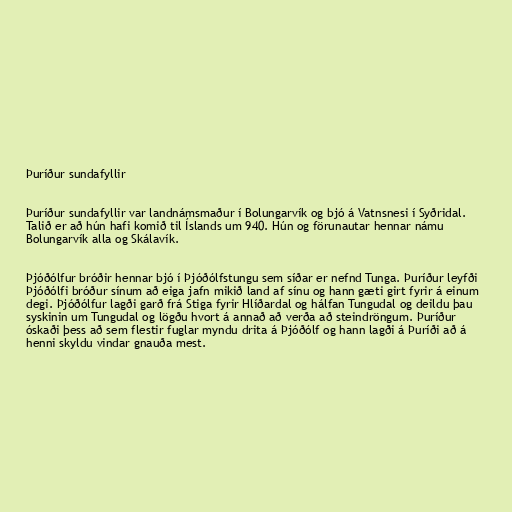
Þuríður sundafyllir

Þuríður sundafyllir var landnámsmaður í Bolungarvík og bjó á Vatnsnesi í Syðridal.
Talið er að hún hafi komið til Íslands um 940. Hún og förunautar hennar námu
Bolungarvík alla og Skálavík.

Þjóðólfur bróðir hennar bjó í Þjóðólfstungu sem síðar er nefnd Tunga. Þuríður leyfði
Þjóðólfi bróður sínum að eiga jafn mikið land af sínu og hann gæti girt fyrir á einum
degi. Þjóðólfur lagði garð frá Stiga fyrir Hlíðardal og hálfan Tungudal og deildu þau
syskinin um Tungudal og lögðu hvort á annað að verða að steindröngum. Þuríður
óskaði þess að sem flestir fuglar myndu drita á Þjóðólf og hann lagði á Þuríði að á
henni skyldu vindar gnauða mest.